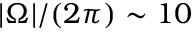
| \Omega | / ( 2 \pi ) \sim 1 0